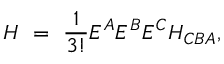
H \ = \ \frac { 1 } { 3 ! } E ^ { A } E ^ { B } E ^ { C } H _ { C B A } ,